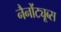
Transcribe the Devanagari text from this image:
नैनोंट्यूब्स